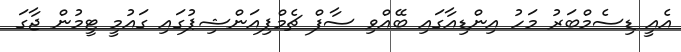
އެއީ ޑިސެމްބަރު މަހު އިންޑިއާގައި ބޭއްވި ސާފް ޗެމްޕިއަންޝިޕުގައި ގައުމީ ޓީމުން ޖާގަ